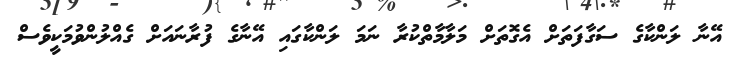
އޭނާ ލަންކާގެ ސަގާފަތަށް އެގޮތަށް މަލާމާތްކުރާ ނަމަ ލަންކާގައި އޭނާގެ ފުރާނައަށް ގެއްލުންވުމަކީވެސް